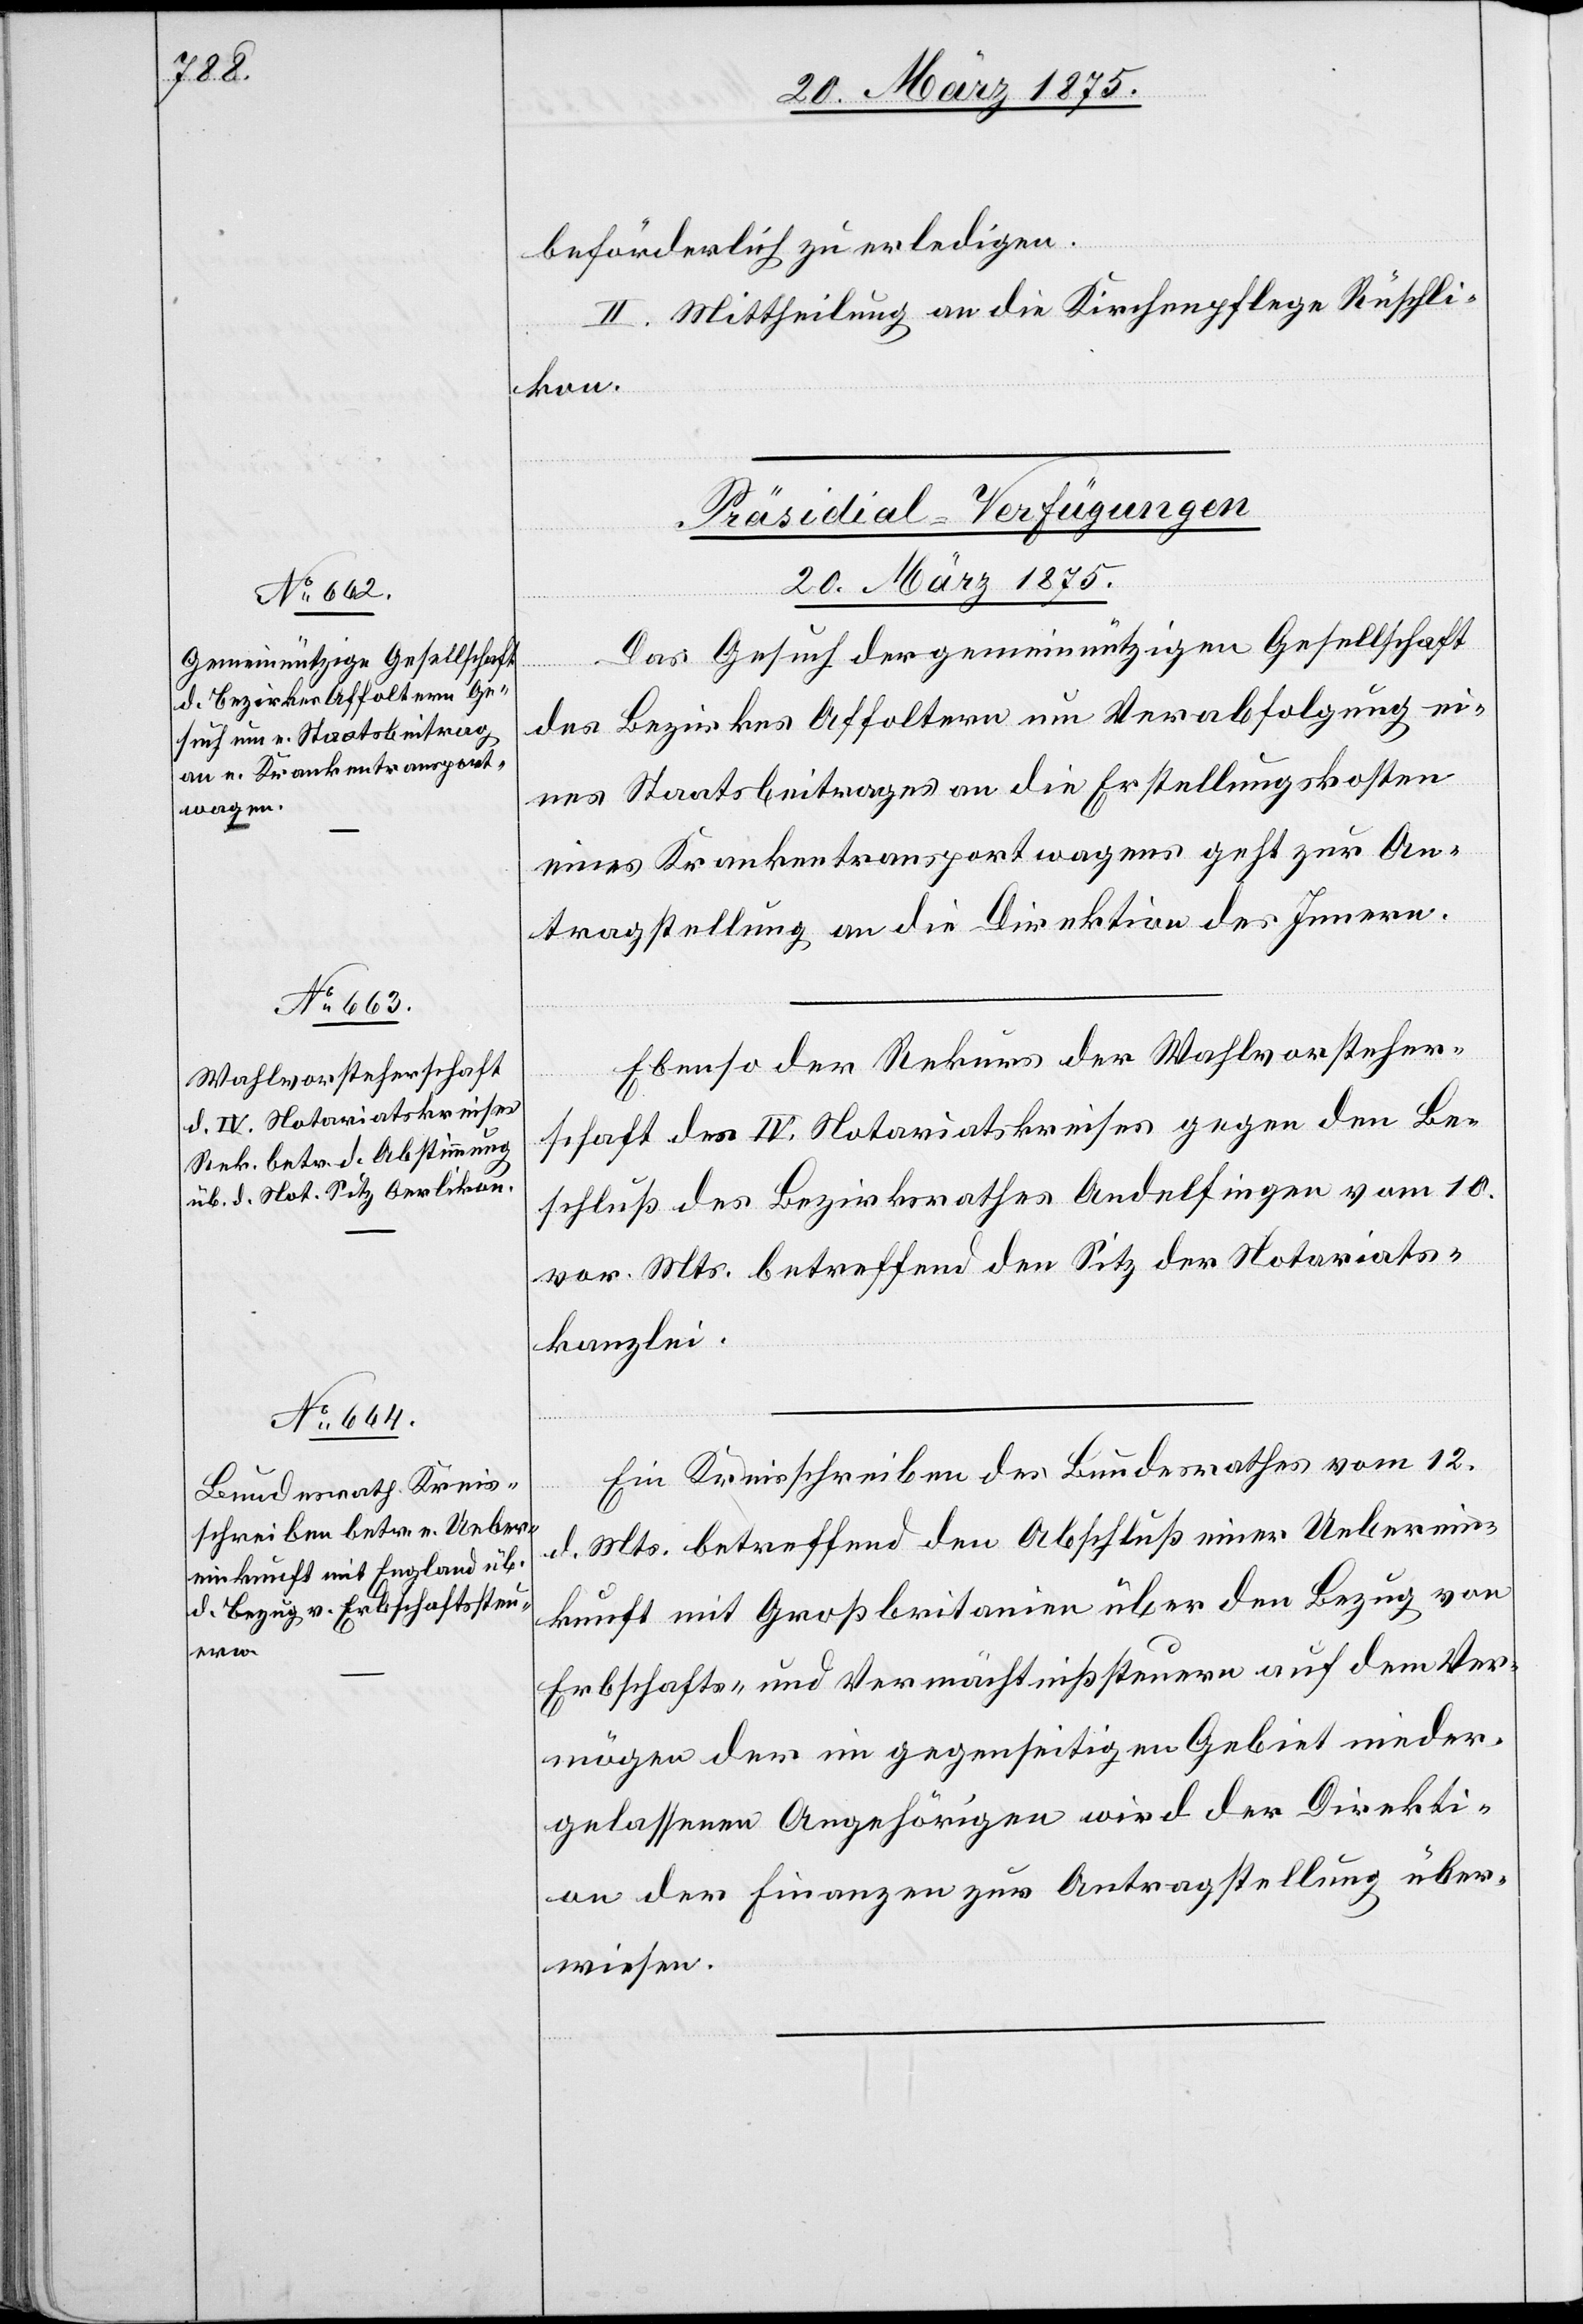
20. März 1875.]
beförderlich zu erledigen.
II. Mittheilung an die Kirchenpflege Rüschli¬
kon.
[Präsidial-Verfügungen
Das Gesuch der gemeinnützigen Gesellschaft
des Bezirkes Affoltern um Verabfolgung ei¬
nes Staatsbeitrages an die Erstellungskosten
eines Krankentransportwagens geht zur An¬
tragstellung an die Direktion des Innern.
Ebenso der Rekurs der Wahlvorsteher¬
schaft des IV. Notariatskreises gegen den Be¬
schluß des Bezirksrathes Andelfingen vom 10.
vor. Mts. betreffend den Sitz der Notariats¬
kanzlei.
Ein Kreisschreiben des Bundesrathes vom 12.
d. Mts. betreffend den Abschluß einer Ueberein¬
kunft mit Großbrit[t]anien über den Bezug von
Erbschafts- und Vermächtnißsteuern auf dem Ver¬
mögen der im gegenseitigen Gebiet nieder¬
gelassenen Angehörigen wird der Direkti¬
on der Finanzen zur Antragstellung über¬
wiesen.